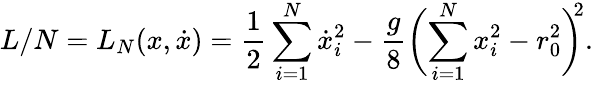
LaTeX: L/N=L_{N}(x,\dot{x})=\frac{1}{2}\sum_{i=1}^{N}\dot{x}_{i}^{2}-\frac{g}{8}\biggl(\sum_{i=1}^{N}x_{i}^{2}-r_{0}^{2}\biggr)^{\! \! 2}.